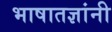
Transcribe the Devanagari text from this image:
भाषातज्ञांनी